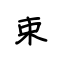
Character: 束